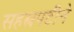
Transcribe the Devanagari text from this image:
सहस्त्रपटीने